Report of the King Institute of Preventive Medicine, Guindy
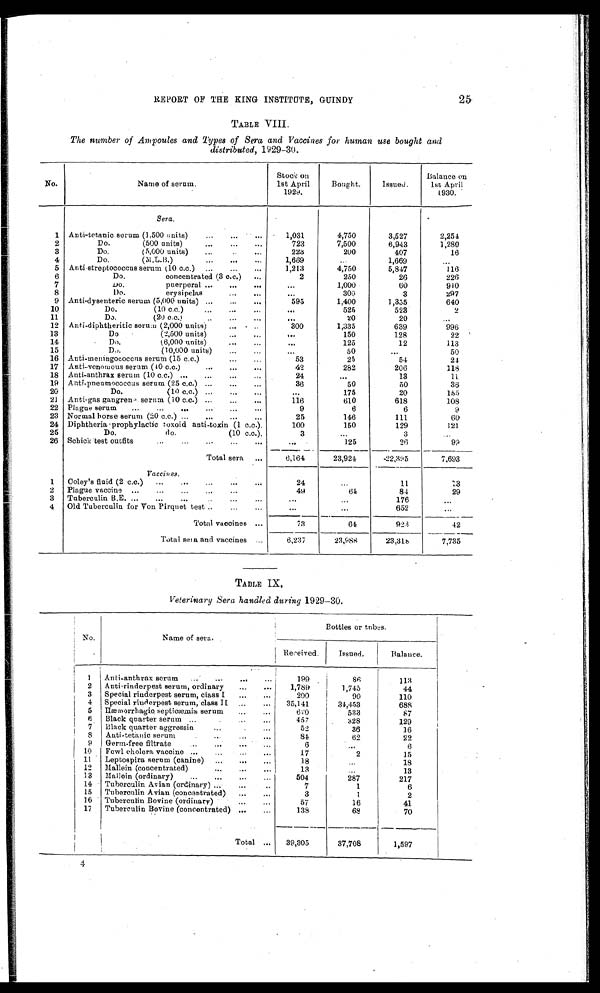
REPORT OF THE KING INSTITUTE, GUINDY
25
TABLE VIII.
The number of Ampoules and Types of Sera and Vaccines for human use bought and
distributed, 1929-30.
No.
Name of serum.
S t o c k o n
1 s t A p r i l
1 9 2 9 .
Bought.
Issued.
Balance on
1st April
1930.
Sera.
1 Anti-tetanic serum(1,500 units)
...
...
...
1 , 0 3 1
4,750
3,527
2,254
2
D o .
( 5 0 0 u n i t s )
. . .
. . .
. . .
723
7,500
6,943
1,280
3
Do.
(5,000 units)
„.
223
200
407
16
4
D o .
( M . L . B . )
. . .
. . .
. . .
1,669
...
1,669
...
5
Anti-streptococcus serum (10 c.c.)
...
...
...
1,213
4,750
5,847
116
6
Do. c o n c e n t r a t e d ( 3 c . c . )
. . .
2
250
26
226
7
Do.
puerperal ...
...
...
...
1,000
60
940
8
D o .
c r y s i p e l a s
. . .
. . .
...
300
3
297
9 Anti-dysenteric serum (5,000 units) ...
...
...
595
1,400
1,355
640
10
D o .
( 1 0 c . c . )
. . .
. . .
. . .
...
525
523
2
11
D o .
( 2 0 c . c . )
. .
. . .
. . .
...
20
20
...
12
Anti-diphtheritic serum (2,000 units)
... ... ..
300
1,335
639
996
13
D o
( 2 , 5 0 0 u n i t s )
. . .
. . .
...
150
128
22
14
Do.
(6,000 units)
...
...
...
125
12
113
15
Do.
(10,000 units)
...
50
...
50
16 Anti-meningococcus serum (15 c.c,)
...
...
53
25
54
2 4
17
A n t i - v e n o m o u s s e r u m ( 4 0 c . c . )
. . .
. . .
. . .
42
282
206
118
18 Anti-anthrax serum (10 c,c.) ...
...
...
24
...
13
11
19 Anti-pneumococcus serum (25 c.c.) ...
...
...
36
50
50
36
20
Do.
(10 c.c.) ...
...
...
...
175
20
155
21
A n t i - g a s g a n g r e n s e r u m ( 1 0 c . c . )
. . .
. . .
. . .
116
610
618
108
22 Plague serum
...
...
...
...
...
...
9
6
6
9
23 Normal horse serum (20 c.c.) ...
...
...
...
25
146
111
60
24
D i p h t h e r i a p r o p h y l a c t i c t o x o i d
a n t i - t o x i n
( 1 c . c . ) .
100
150
129
121
25
Do.
do.
(10 c.c.).
3
...
3
. . .
26
S c h i c k t e s t o u t f i t s
. . .
. . .
. . .
. . .
. . .
...
125
2 6
99
Total sera
...
6,164
23,924
-22,395
7,693
Vaccines.
1
C o l e y ' s f l u i d ( 2 c . c . ) . . .
. . .
. . .
. . .
24
. . .
11
13
2
Plague vaccine
...
...
...
...
...
49
6 4
84
29
3
Tuberculin B.E. ...
...
...
..
...
...
. . .
...
176
...
4
Old Tuberculin for Von Pirquet test ... ...
...
...
652
. ..
Total vaccines ...
73
6 4
923
42
Total seta and vaccines ...
6,237
23,988
23,318
7,735
TABLE IX.
Veterinary Sera handled during 1929-30.
No.
Name of sera.
Bottles or tubes.
Received.
Issued.
Balance.
1 Anti-anthrax scrum.
199
86
1 1 3
2
Anti-rinderpest serum, ordinary
...
1,789
1,745
44
3
Special riuderpest serum, class I ...
200
90
110
4 Special riuderpest serum, class II ...
35,141
34,453
688
5 Hæmorrhagic septicæmia serum
...
...
620
533
87
6 Black quarter serum...
...
457
328
129
7
Black quarter aggressin
...
.
...
52
36
16
8
Anti-tetanic serum
...
...
81
62
22
9 Germ-free filtrate
...
...
...
6
...
6
10
Fowl cholera vaccine ...
...
...
17
2
15
11
Leptospira serum (canine)
...
...
...
18
...
18
12
Mallein (concentrated)
...
...
...
13
13
13
Mallein (ordinary)
...
...
...
504
287
217
14
Tuberculin Avian (ordinary) ...
...
..
7
1
6
15 Tuberculin Avian (concentrated) ...
...
3
1
2
16 Tuberculin Bovine (ordinary)
. ...
...
57
16
41
17 Tuberculin Bovine (concentrated) ...
...
138
68
70
Total. ...
39,305
37,708
1,597
4